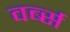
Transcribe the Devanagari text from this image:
वर्ब्स